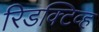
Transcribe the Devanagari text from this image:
रिडक्टिव्ह